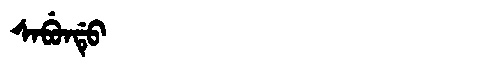
Manchu: ᠰᠠᠪᡠᠨᡩᡠ
Romanization: SABUNDU